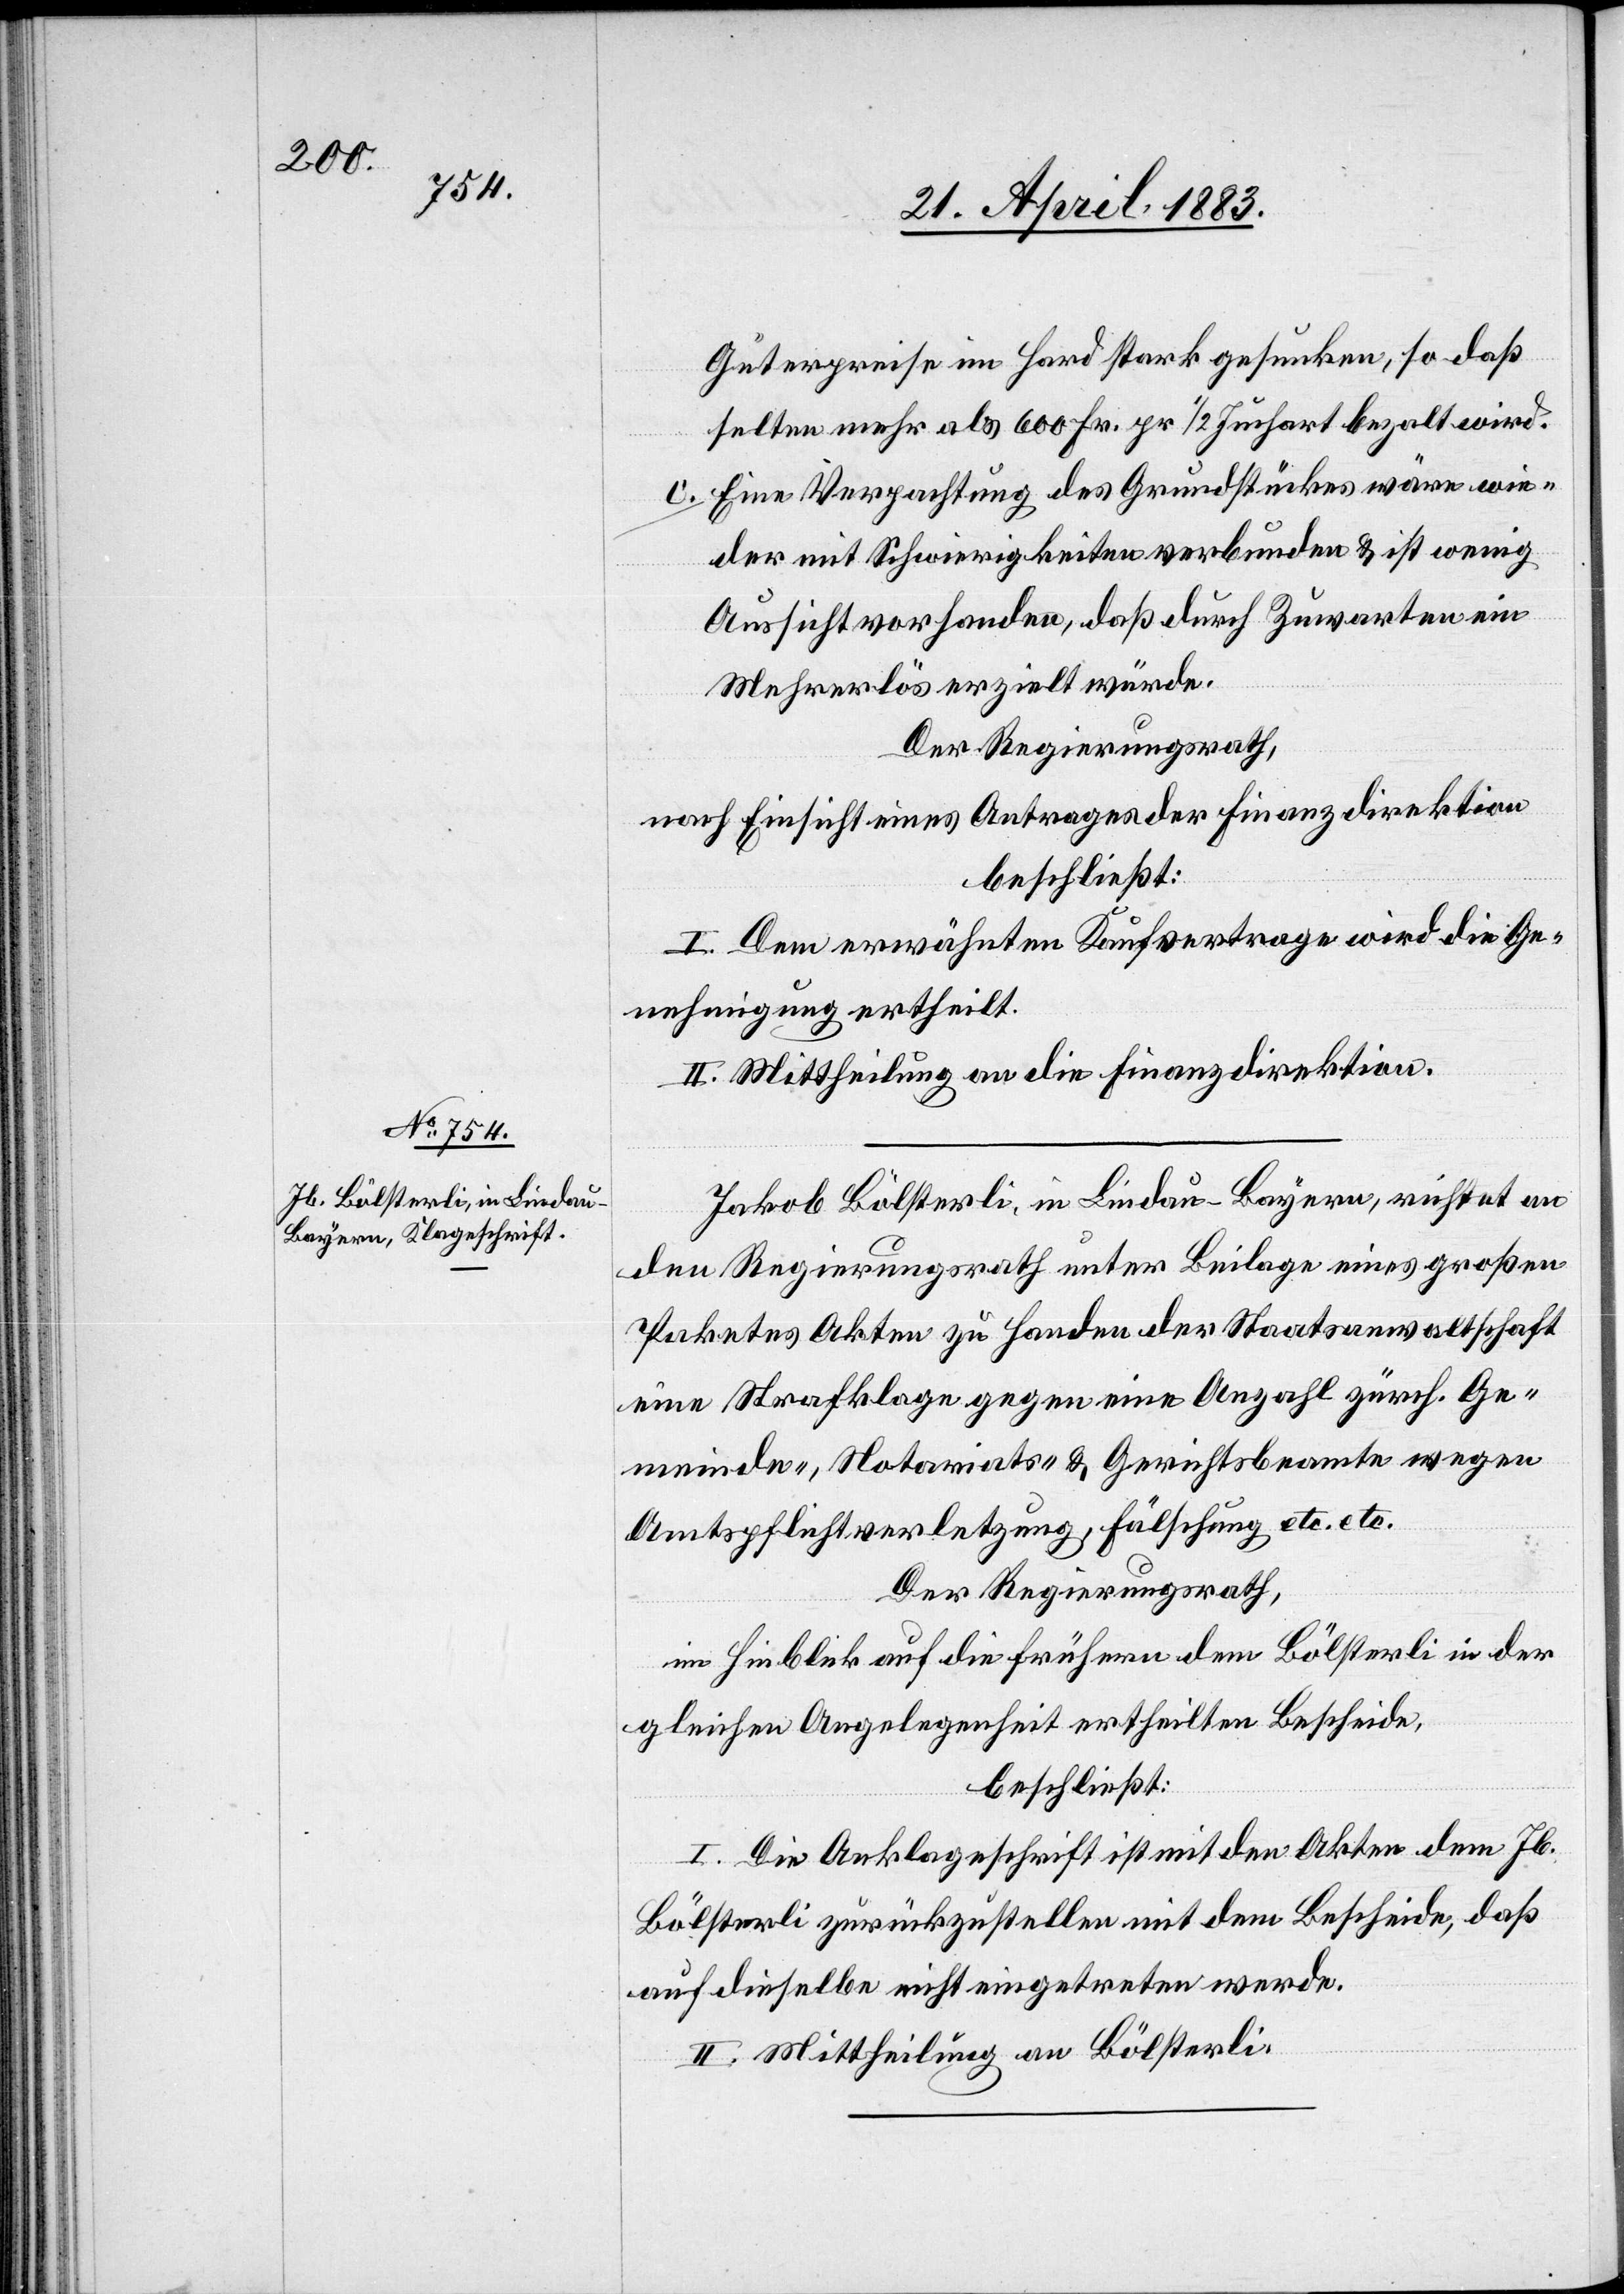
Güterpreise im Hard stark gesunken, so daß
selten mehr als 600 Fr. pr. 1/2 Juchart bezalt wird.
c. Eine Verpachtung des Grundstückes wäre wie¬
der mit Schwierigkeiten verbunden & ist wenig
Aussicht vorhanden, daß durch Zuwarten ein
Mehrerlös erzielt würde.
Der Regierungsrath,
nach Einsicht eines Antrages der Finanzdirektion,
beschließt:
I. Dem erwähnten Kaufvertrage wird die Ge¬
nehmigung ertheilt.
II. Mittheilung an die Finanzdirektion.
Jakob Bölsterli, in Lindau - Bayern, richtet an
den Regierungsrath unter Beilage eines großen
Paketes Akten zu Handen der Staatsanwaltschaft
eine Strafklage gegen eine Anzahl zürch. Ge¬
meinde-, Notariats- & Gerichtsbeamte wegen
Amtspflichtverletzung, Fälschung etc. etc.
Der Regierungsrath,
im Hinblick auf die frühern dem Bölsterli in der
gleichen Angelegenheit ertheilten Bescheide,
beschließt:
I. Die Anklageschrift ist mit den Akten dem Jb.
Bölsterli zurückzustellen mit dem Bescheide, daß
auf dieselbe nicht eingetreten werde.
II. Mittheilung an Bölsterli.